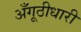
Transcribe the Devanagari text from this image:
अँगूठीधारी